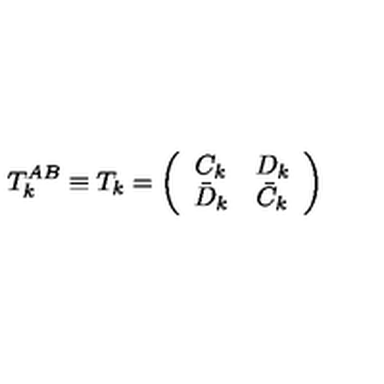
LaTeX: T _ { k } ^ { A B } \equiv T _ { k } = \left( \begin{array} { c c } { C _ { k } } & { D _ { k } } \\ { \bar { D } _ { k } } & { \bar { C } _ { k } } \\ \end{array} \right)